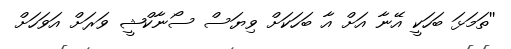
''ތަމަޅަ ބަހަކީ އޭނާ އަށް އާ ބަހަކަށް ވިޔަސް ސޯނާކްޝީ ވަރަށް އަވަހަށް